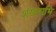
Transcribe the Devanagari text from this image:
शंखनाभि